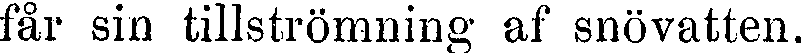
får sin tillströmning af snövatten.